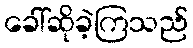
ခေါ်ဆိုခဲ့ကြသည်